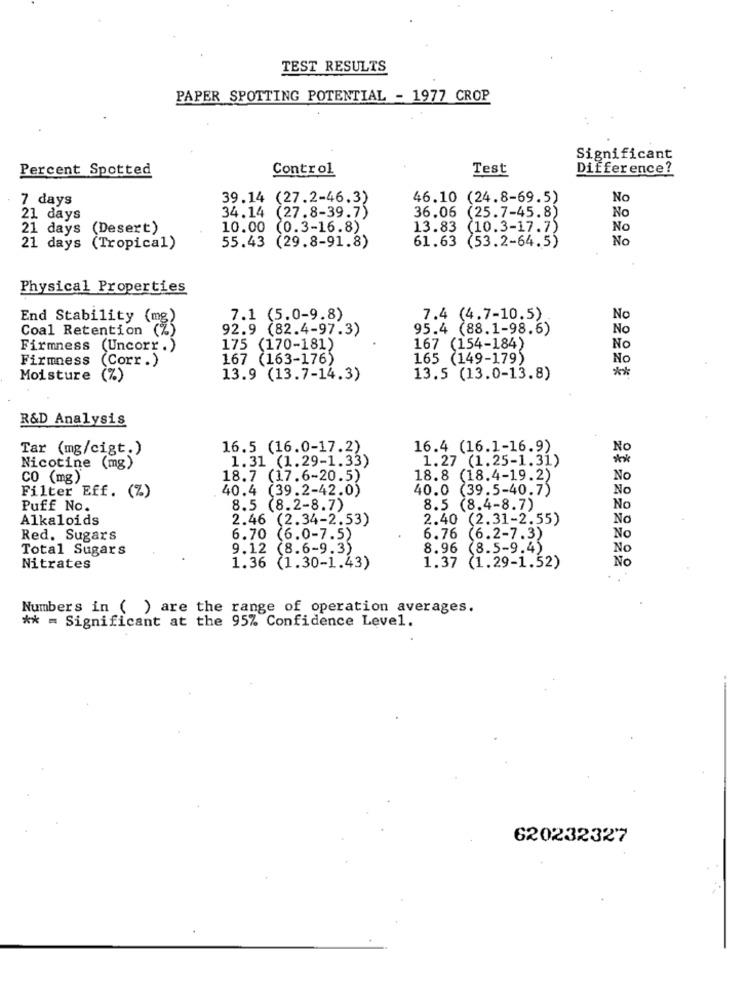
TEST RESULTS
PAPER SPOTTING POTENTIAL - 1977 CROP
Significant
Percent Spotted
Control
Test
Difference?
7 days
39.14 (27.2-46.3)
46.10 (24.8-69.5)
No
34.14 (27.8-39.7)
36.06
(25.7-45.8)
21 days
No
21 days (Desert)
10.00
(0.3-16.8)"
13.83
(10.3-17.7)
No
61.63 (53.2-64.5)
No
21 days (Tropical)
55.43 (29.8-91.8)
Physical Properties
End Stability (mg)
7.1 (5.0-9.8)
7.4 (4.7-10.5)
No
Coal Retention (%)
92.9 (82.4-97.3)
95.4 (88.1-98.6)
No
Firmness (Uncorr.)
175 (170-181)
167 (154-184)
No
Firmness
(Corr .)
167 (163-176)
165 (149-179)
No
**
Moisture (%)
13.9 (13.7-14.3)
13.5 (13.0-13.8)
R&D Analysis
Tar (mg/cigt.)
16.5 (16.0-17.2)
16.4 (16.1-16.9)
No
1.31 (1.29-1.33)
1.27 (1.25-1.31)
*
Nicotine (mg)
CO (mg)
18.7 (17.6-20.5)
18.8 (18.4-19.2)
No
40.4 (39.2-42.0)
40.0 (39.5-40.7)
No
Filter Eff. (Z)
Puff No.
8.5 (8.2-8.7)
8.5 (8.4-8.7)
No
Alkaloids
2.46 (2.34-2.53)
2.40 (2.31-2.55)
No
Red. Sugars
6.70 (6.0-7.5)
6.76
(6.2-7.3)
No
Total Sugars
9.12 (8.6-9.3)
8.96 (8.5-9.4)
No
No
Nitrates
1.36 (1.30-1.43)
1.37 (1.29-1.52)
.
Numbers in ( ) are the range of operation averages.
** = Significant at the 95% Confidence Level.
620232327